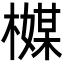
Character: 𬄪